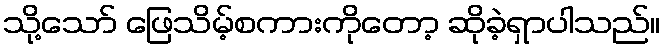
သို့သော် ဖြေသိမ့်စကားကိုတော့ ဆိုခဲ့ရှာပါသည်။